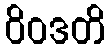
ဝိဝဒတိ